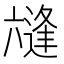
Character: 𭁛